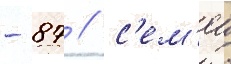
- 87 / с'ем'еи